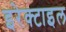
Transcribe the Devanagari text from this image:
इरेक्टाइल